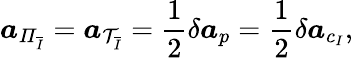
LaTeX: \boldsymbol{a}_{\mathit{\Pi}_{\overline{{I}}}}=\boldsymbol{a}_{\mathcal{T}_{\overline{{I}}}}=\frac{1}{2}\delta\boldsymbol{a}_{p}=\frac{1}{2}\delta\boldsymbol{a}_{c_{I}},